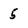
Character: 5